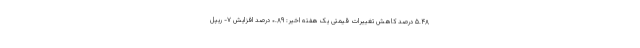
۵.۴۸ درصد کاهش تغییرات قیمتی یک هفته اخیر: ۰.۸۹ درصد افزایش ۷- ریپل